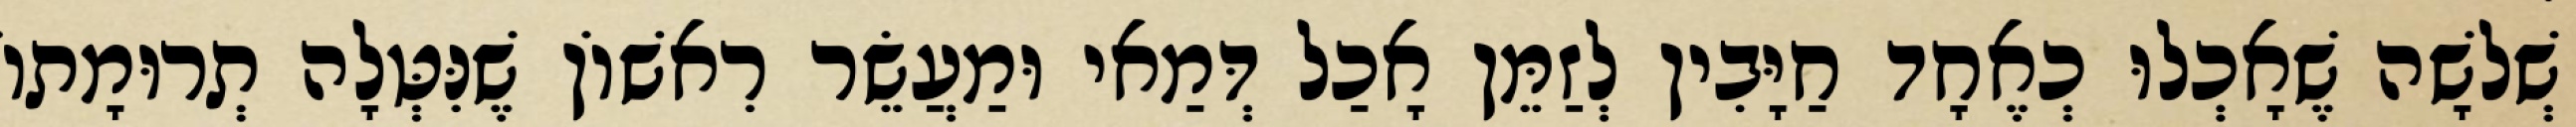
שְׁלשָׁה שֶׁאָכְלוּ כְאֶחָד חַיָּבִין לְזַמֵּן אָכַל דְּמַאי וּמַעֲשֵׂר רִאשׁוֹן שֶׁנִּטְּלָה תְרוּמָתוֹ